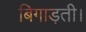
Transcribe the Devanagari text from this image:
बिगाड़ती।